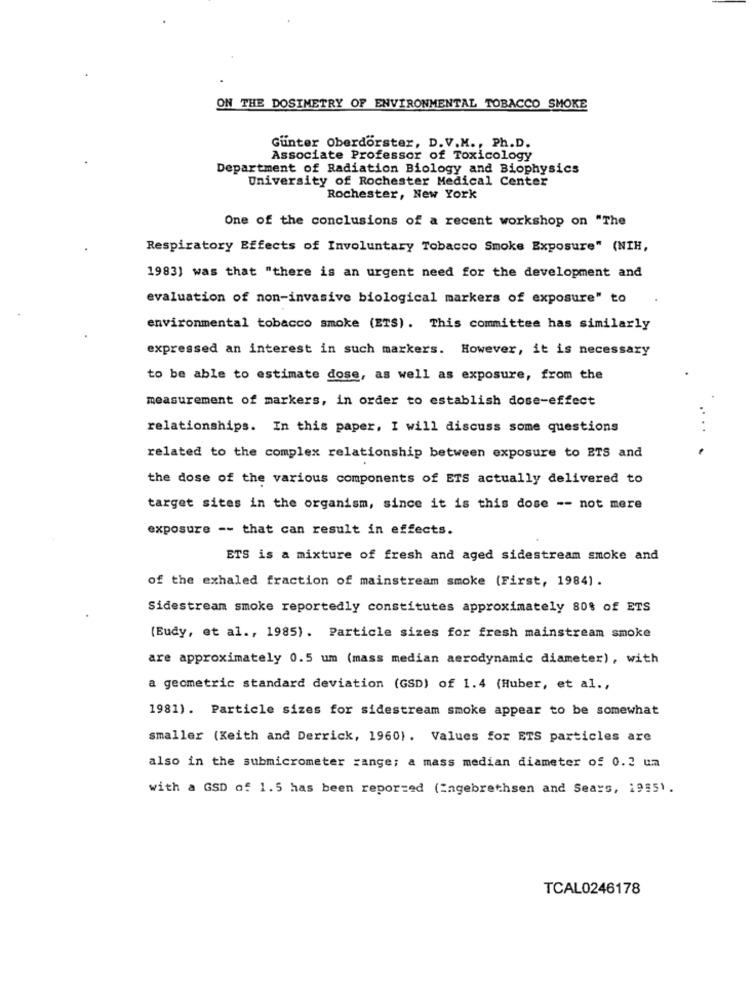
ON THE DOSIMETRY OF ENVIRONMENTAL TOBACCO SMOKE
Gunter Oberdorster, D.V.M ., Ph.D.
Associate Professor of Toxicology
Department of Radiation Biology and Biophysics
University of Rochester Medical Center
Rochester, New York
One of the conclusions of a recent workshop on "The
Respiratory Effects of Involuntary Tobacco Smoke Exposure" (NIH,
1983) was that "there is an urgent need for the development and
evaluation of non-invasive biological markers of exposure" to
environmental tobacco smoke (ETS). This committee has similarly
expressed an interest in such markers. However, it is necessary
to be able to estimate dose, as well as exposure, from the
measurement of markers, in order to establish dose-effect
relationships. In this paper, I will discuss some questions
related to the complex relationship between exposure to ETS and
the dose of the various components of ETS actually delivered to
target sites in the organism, since it is this dose -- not mere
exposure -- that can result in effects.
ETS is a mixture of fresh and aged sidestream smoke and
of the exhaled fraction of mainstream smoke (First, 1984) .
Sidestream smoke reportedly constitutes approximately 80% of ETS
(Eudy, et al ., 1985). Particle sizes for fresh mainstream smoke
are approximately 0.5 um (mass median aerodynamic diameter), with
a geometric standard deviation (GSD) of 1.4 (Huber, et al .,
1981). Particle sizes for sidestream smoke appear to be somewhat
smaller (Keith and Derrick, 1960). Values for ETS particles are
also in the submicrometer range; a mass median diameter of 0.2 um
with a GSD of 1.5 has been reported (Engebrethsen and Sears, 19951.
TCAL0246178